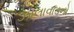
ઝાલાવાડનો